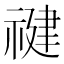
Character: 𰨍